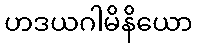
ဟဒယဂါမိနိယော